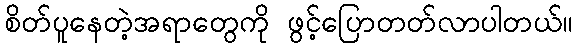
စိတ်ပူနေတဲ့အရာတွေကို ဖွင့်ပြောတတ်လာပါတယ်။